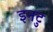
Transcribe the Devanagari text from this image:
इनटु